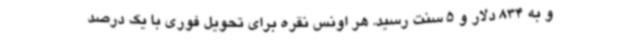
و به 834 دلار و 5 سنت رسید. هر اونس نقره برای تحویل فوری با یک درصد